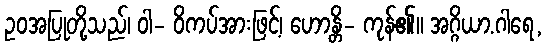
ဥဝအပြုတို့သည်၊ ဝါ- ဝိကပ်အားဖြင့်၊ ဟောန္တိ- ကုန်၏။ အဂ္ဂိယာ.ဂါရေ,